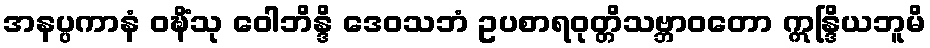
အနပ္ပကာနံ ဝဍ္ဎိံသု ဝေါဘိန္ဒိ ဒေဝသဘံ ဥပစာရဝုတ္တိသဗ္ဘာဝတော ဣန္ဒြိယဘူမိ